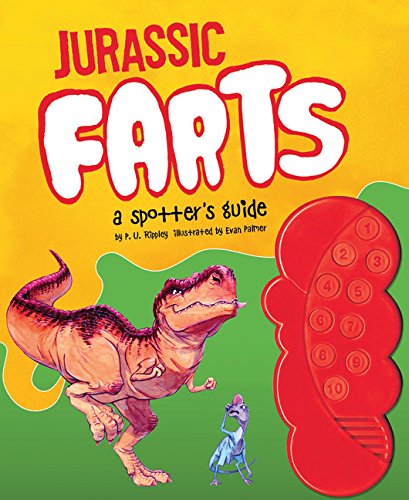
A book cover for Jurassic Farts: A Spotter's Guide; P.U. Rippley; Children's Books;